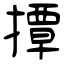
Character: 撢